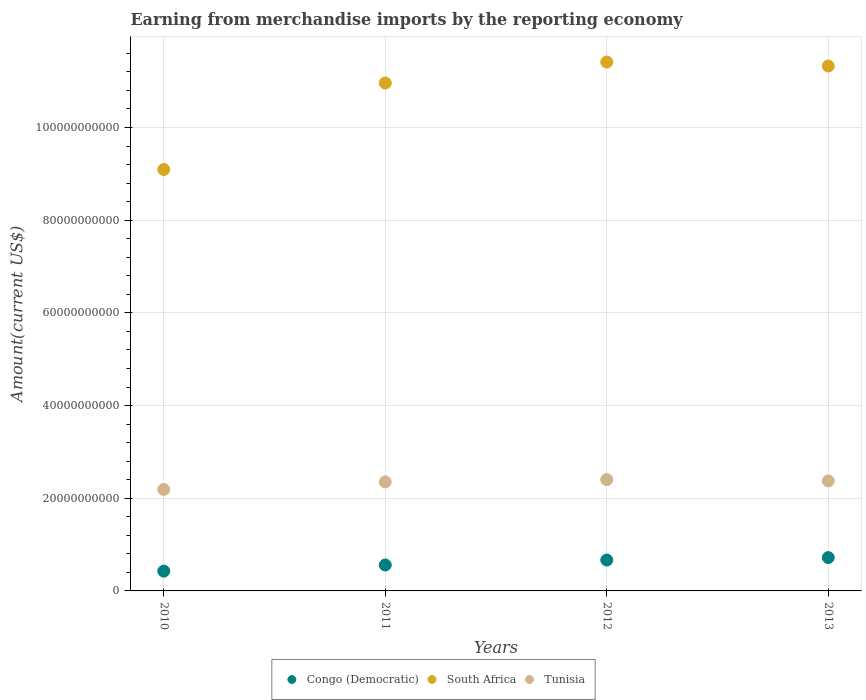
| Years | Congo (Democratic) | South Africa | Tunisia |
 | --- | --- | --- | --- |
 | 2010 | 4.27e+09 | 9.09e+10 | 2.19e+10 |
 | 2011 | 5.6e+09 | 1.1e+11 | 2.35e+10 |
 | 2012 | 6.66e+09 | 1.14e+11 | 2.4e+10 |
 | 2013 | 7.19e+09 | 1.13e+11 | 2.37e+10 |